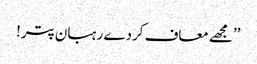
’’مجھے معاف کردے رہبان پتر!